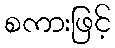
စကားဖြင့်